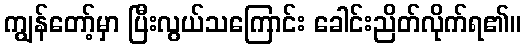
ကျွန်တော့်မှာ ပြီးလွယ်သကြောင်း ခေါင်းညိတ်လိုက်ရ၏။